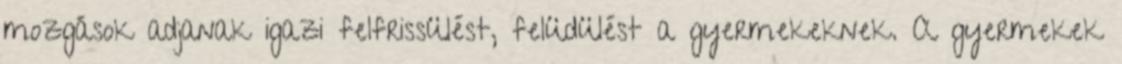
mozgások adjanak igazi felfrissülést, felüdülést a gyermekeknek. A gyermekek